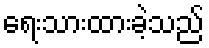
ရေးသားထားခဲ့သည်